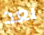
بعد